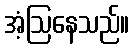
အံ့ဩနေသည်။